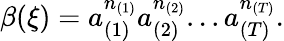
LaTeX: \beta(\xi)=a_{(1)}^{n_{(1)}}a_{(2)}^{n_{(2)}}...a_{(T)}^{n_{(T)}}.